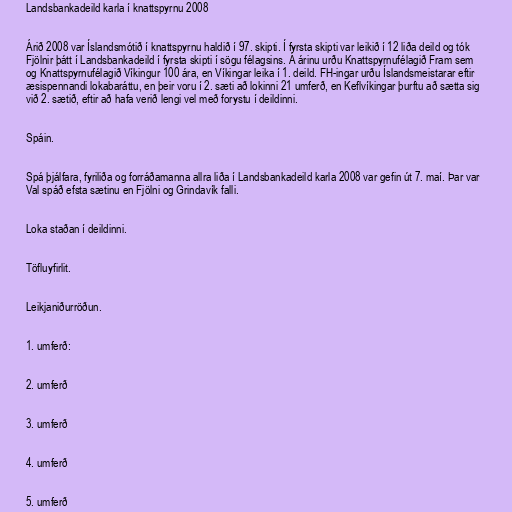
Landsbankadeild karla í knattspyrnu 2008

Árið 2008 var Íslandsmótið í knattspyrnu haldið í 97. skipti. Í fyrsta skipti var leikið í 12 liða deild og tók
Fjölnir þátt í Landsbankadeild í fyrsta skipti í sögu félagsins. Á árinu urðu Knattspyrnufélagið Fram sem
og Knattspyrnufélagið Víkingur 100 ára, en Víkingar leika í 1. deild. FH-ingar urðu Íslandsmeistarar eftir
æsispennandi lokabaráttu, en þeir voru í 2. sæti að lokinni 21 umferð, en Keflvíkingar þurftu að sætta sig
við 2. sætið, eftir að hafa verið lengi vel með forystu í deildinni.

Spáin.

Spá þjálfara, fyriliða og forráðamanna allra liða í Landsbankadeild karla 2008 var gefin út 7. maí. Þar var
Val spáð efsta sætinu en Fjölni og Grindavík falli.

Loka staðan í deildinni.

Töfluyfirlit.

Leikjaniðurröðun.

1. umferð:

2. umferð

3. umferð

4. umferð

5. umferð